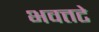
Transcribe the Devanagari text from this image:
भवत्तटे